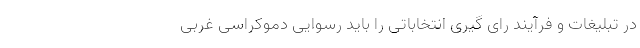
در تبلیغات و فرآیند رای گیری انتخاباتی را باید رسوایی دموکراسی غربی